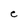
Character: e